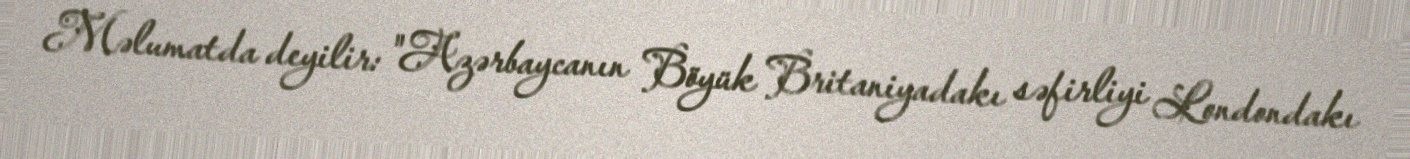
Məlumatda deyilir: "Azərbaycanın Böyük Britaniyadakı səfirliyi Londondakı